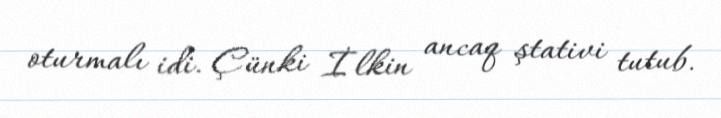
oturmalı idi. Çünki İlkin ancaq ştativi tutub.